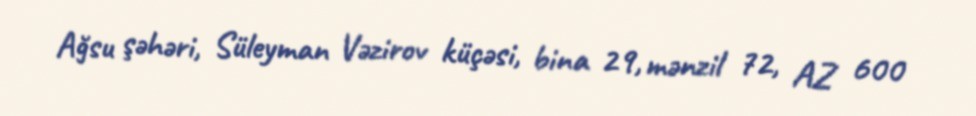
Ağsu şəhəri, Süleyman Vəzirov küçəsi, bina 29, mənzil 72, AZ 600